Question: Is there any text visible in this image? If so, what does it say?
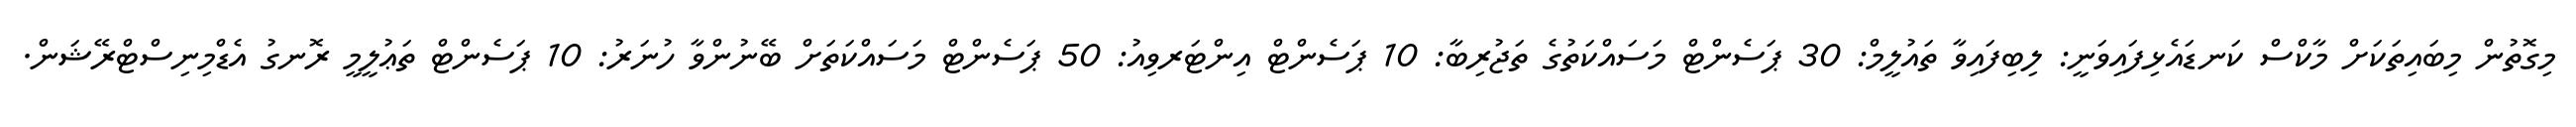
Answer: މިގޮތުން މިބައިތަކަށް މާކްސް ކަނޑައެޅިފައިވަނީ: ލިބިފައިވާ ތައުލީމް: 30 ޕަސެންޓް މަސައްކަތުގެ ތަޖުރިބާ: 10 ޕަސެންޓް އިންޓަރވިއު: 50 ޕަސެންޓް މަސައްކަތަށް ބޭނުންވާ ހުނަރު: 10 ޕަސެންޓް ތަޢުލީމީ ރޮނގު އެޑްމިނިސްޓްރޭޝަން.